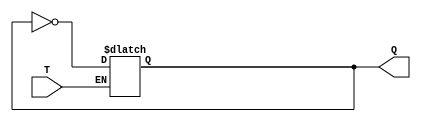
module T_FF(input T, output reg Q);

always @(T) begin
    if (T)
        Q <= ~Q;
end

endmodule